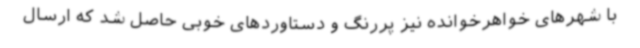
با شهرهای خواهرخوانده نیز پررنگ و دستاوردهای خوبی حاصل شد که ارسال